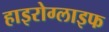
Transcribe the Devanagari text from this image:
हाइरोग्लाइफ